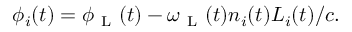
\phi _ { i } ( t ) = \phi _ { \mathrm { ~ L ~ } } ( t ) - \omega _ { \mathrm { ~ L ~ } } ( t ) n _ { i } ( t ) L _ { i } ( t ) / c .